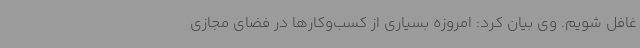
غافل شویم. وی بیان کرد: امروزه بسیاری از کسب‌وکارها در فضای مجازی